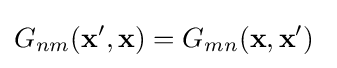
G_{nm}(\mathbf {x} ',\mathbf {x} )=G_{mn}(\mathbf {x} ,\mathbf {x} ')\